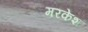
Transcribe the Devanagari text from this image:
मरकेश